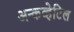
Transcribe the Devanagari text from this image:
अन्कव्हेटिल